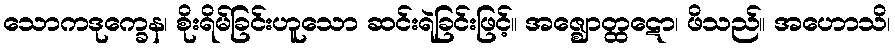
သောကဒုက္ခေန၊ စိုးရိမ်ခြင်းဟူသော ဆင်းရဲခြင်းဖြင့်။ အဇ္ဈောတ္ထဋော၊ ဖိသည်။ အဟောသိ၊